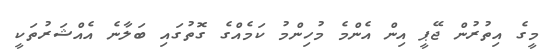
މީގެ އިތުރުން ޖޭޕީ އިން އެންމެ މުހިންމު ކަމެއްގެ ގޮތުގައި ބަލާނެ އެއްޝަރުތަކީ